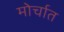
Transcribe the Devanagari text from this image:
मोर्चात